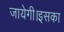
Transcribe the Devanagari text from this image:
जायेगी।इसका